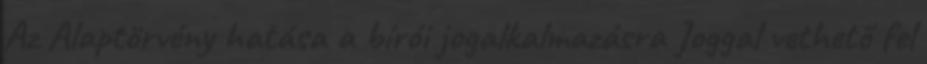
Az Alaptörvény hatása a bírói jogalkalmazásra Joggal vethető fel